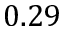
0 . 2 9